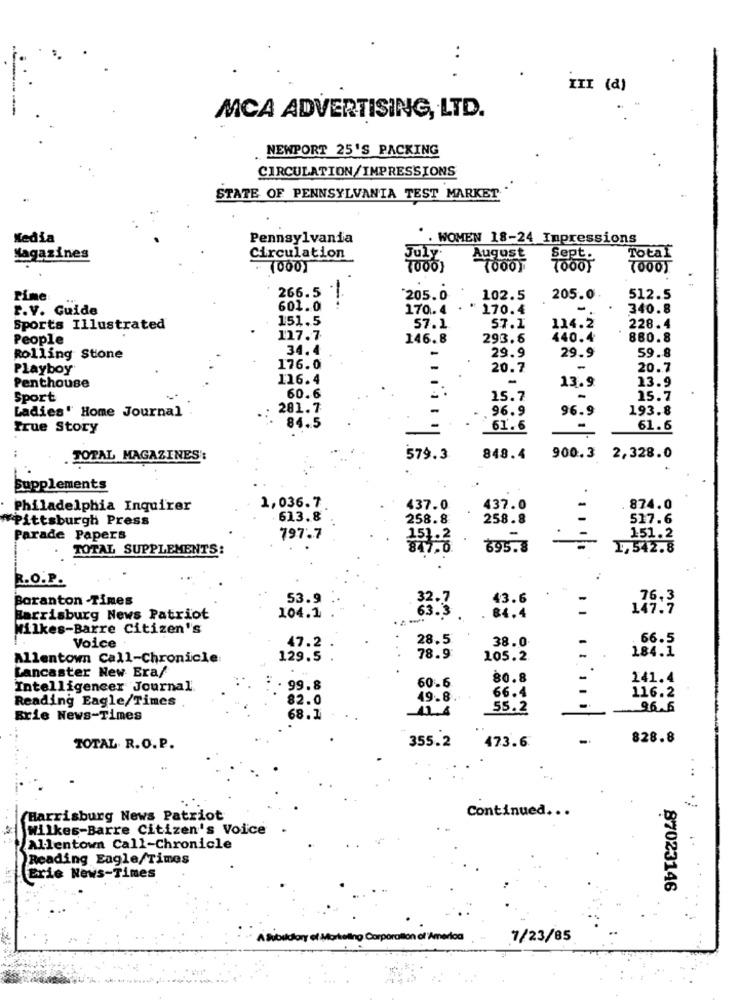
..
III (a)
MCA ADVERTISING, LTD.
NEWPORT 25'S PACKING
CIRCULATION/IMPRESSIONS
STATE OF PENNSYLVANIA TEST MARKET
Media
Pennsylvania
WOMEN 18-24 Impressions
Magazines
Circulation
August
Sept.
Total
10001
Pime
266.5 !.
205.0
102.5
205.0
512.5
r.V. Guide
601.0
170.4
170.4
-
340.8
151.5
Sports Illustrated
57.1
57.1
114.2
228.4
People
117.7
146.8
293.6
440.4
880.8
34.4
59.8
Rolling Stone
29.9
29.9
Playboy
176.0
20.7
-
20.7
116.4
-
Penthouse
13.9
13.9
Sport
60.6
15.7
15.7
Ladies' Home Journal
201.7
96.9
96.9
193.8
True Story
84.5
61.6
-
61.6
TOTAL MAGAZINES:
579.3
848.4
900.3 2,328.0
Supplements
Philadelphia Inquirer
1,036.7
437.0
437.0
874.0
#Pittsburgh Press
613.8
258.8
258.8
517.6
151.2
Parade Papers
797.7
151.2
TOTAL SUPPLEMENTS:
695.8
1,542.8
R.O.P.
Boranton Times
53.9
32.7
43.6
.76,3
104.1
63.3
147.7
Harrisburg News Patriot
84.4
Milkes-Barre Citizen''s
47.2
28.5
38.0
. 66.5
Voice
184.1
Allentown Call-Chronicle
129.5
78.9
105.2.
Lancaster New Era/
80.8
141.4
Intelligencer Journal.
99.8
60.6
66.4
116.2
Reading Eagle/Times
82.0
49.8 .
-41.4
55.2
96.6
Brie News-Times
68.1
355.2
473.6
828.8
TOTAL R.O.P.
Continued ...
(Harrisburg News Patriot
wilkes-Barre Citizen's Voice
Allentown Call-Chronicle
Reading Eagle/Times
Erie News-Times
87023146
America
7/23/85